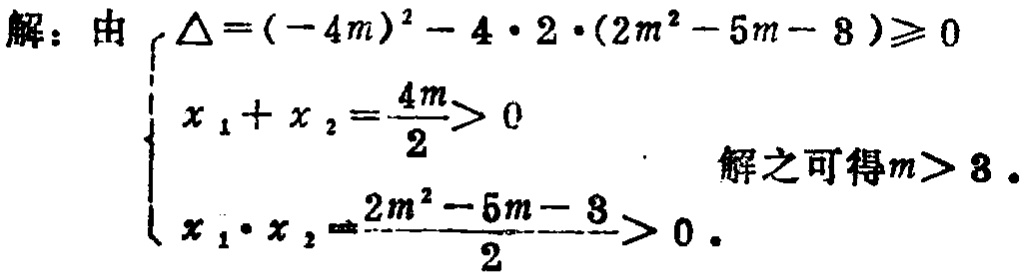
解：由

\[

\begin{cases}

\Delta = (-4m)^{2}-4\cdot2\cdot(2m^{2}-5m - 8)\geqslant0 \\

x_{1}+x_{2}=\frac{4m}{2}>0 \\

x_{1}\cdot x_{2}=\frac{2m^{2}-5m - 8}{2}>0

\end{cases}

\]

解之可得\(m > 8\)。